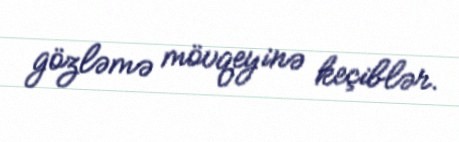
gözləmə mövqeyinə keçiblər.